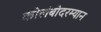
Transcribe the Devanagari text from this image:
कोलंबोदरम्यान